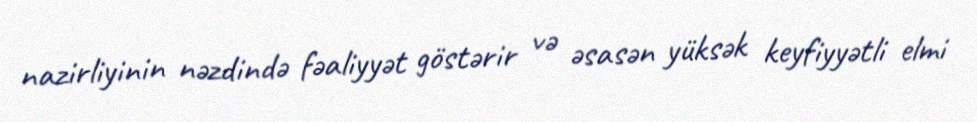
nazirliyinin nəzdində fəaliyyət göstərir və əsasən yüksək keyfiyyətli elmi